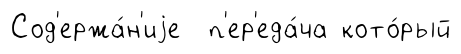
Сод'ержа́н'иjе п'ер'еда́ча кото́рый